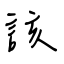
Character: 該